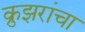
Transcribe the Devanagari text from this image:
क्रुझरांचा